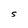
Character: S